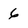
Character: 6